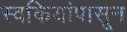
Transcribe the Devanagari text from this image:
स्वकियांपासून